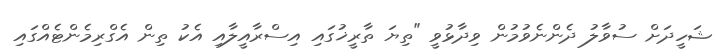
ޝަހީދަށް ސުވާލު ދެންނެވުމުން ވިދާޅުވީ "ތިޔަ ތާރީޚުގައި އިސްރާއީލާއި އެކު ތިން އެގްރިމެންޓެއްގައި